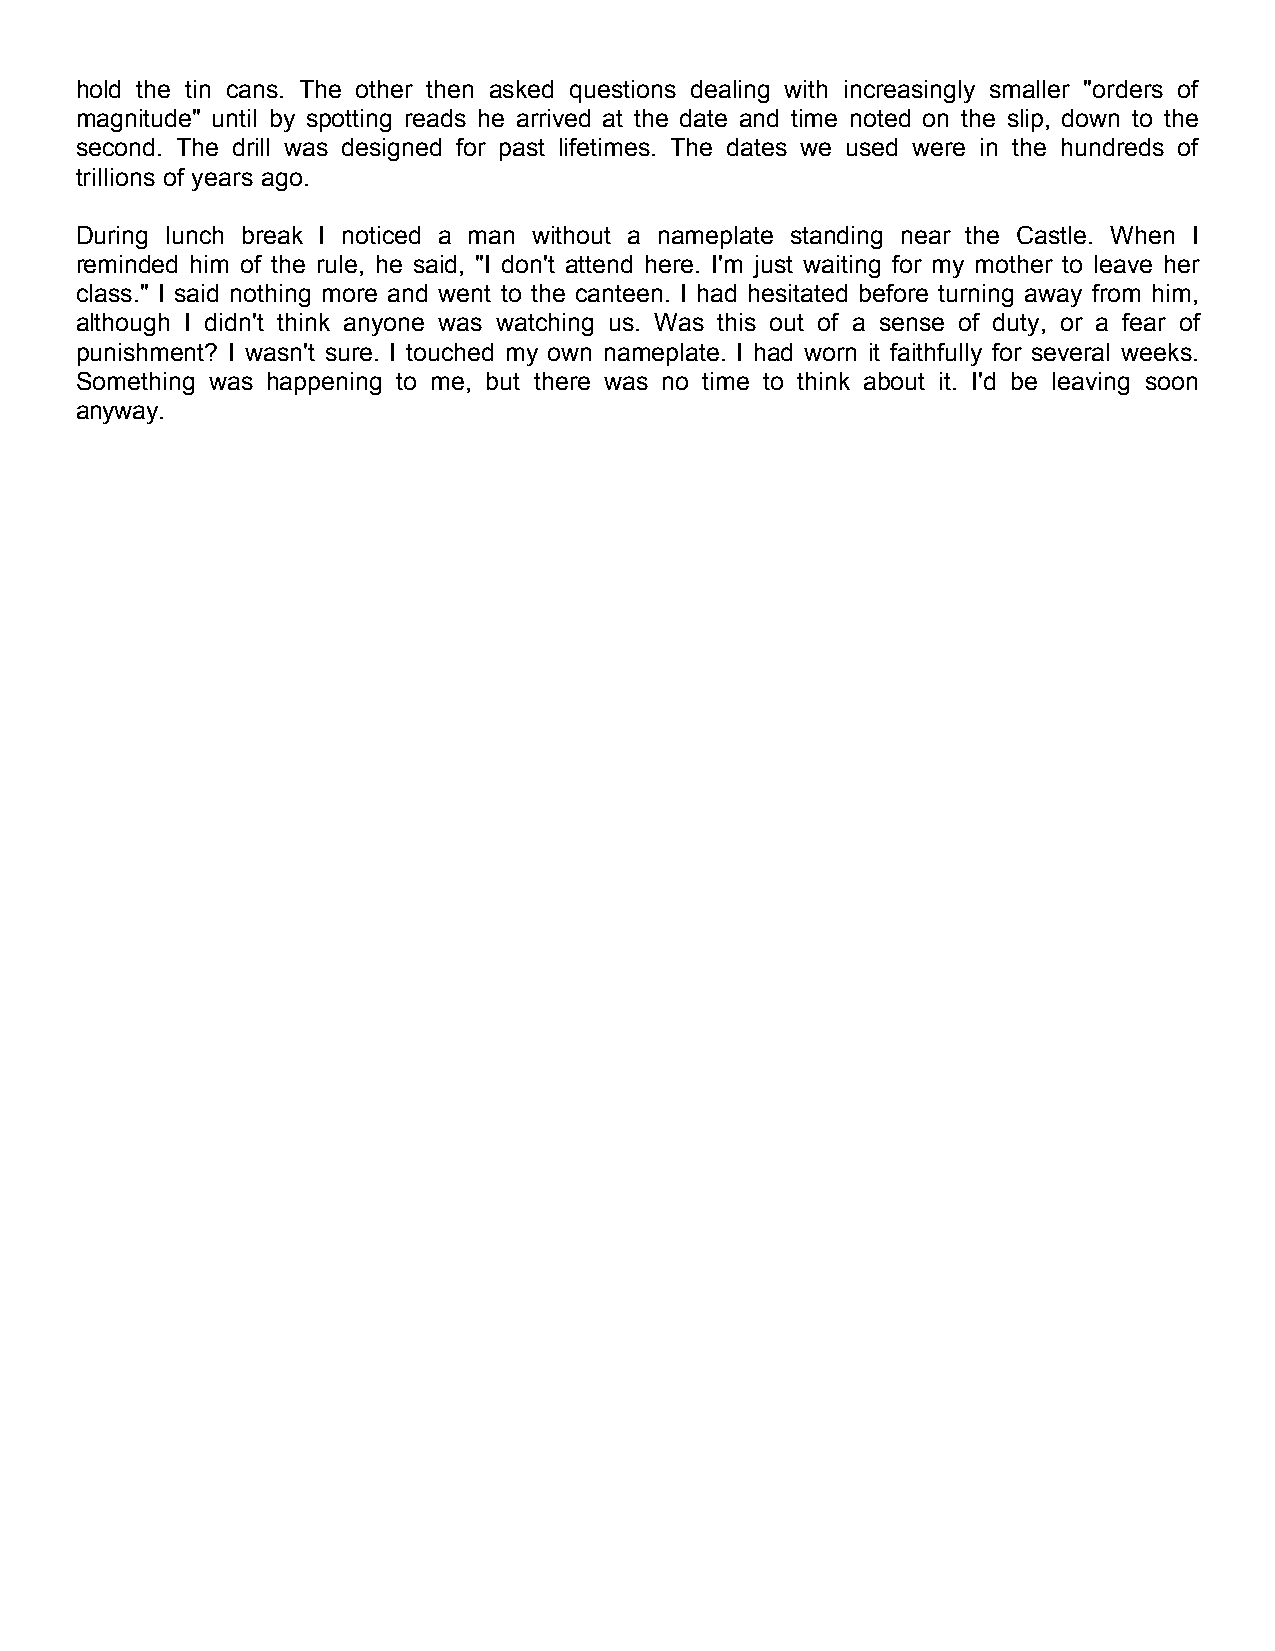
hold the tin cans. The other then asked questions dealing with increasingly smaller "orders of
 magnitude" until by spotting reads he arrived at the date and time noted on the slip, down to the
 second. The drill was designed for past lifetimes. The dates we used were in the hundreds of
 trillions of years ago.
 During lunch break I noticed a man without a nameplate standing near the Castle. When I
 reminded him of the rule, he said, "I don't attend here. I'm just waiting for my mother to leave her
 class." I said nothing more and went to the canteen. I had hesitated before turning away from him,
 although I didn't think anyone was watching us. Was this out of a sense of duty, or a fear of
 punishment? I wasn't sure. I touched my own nameplate. I had worn it faithfully for several weeks.
 Something was happening to me, but there was no time to think about it. I'd be leaving soon
 anyway.